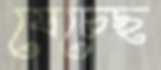
যেচেছ